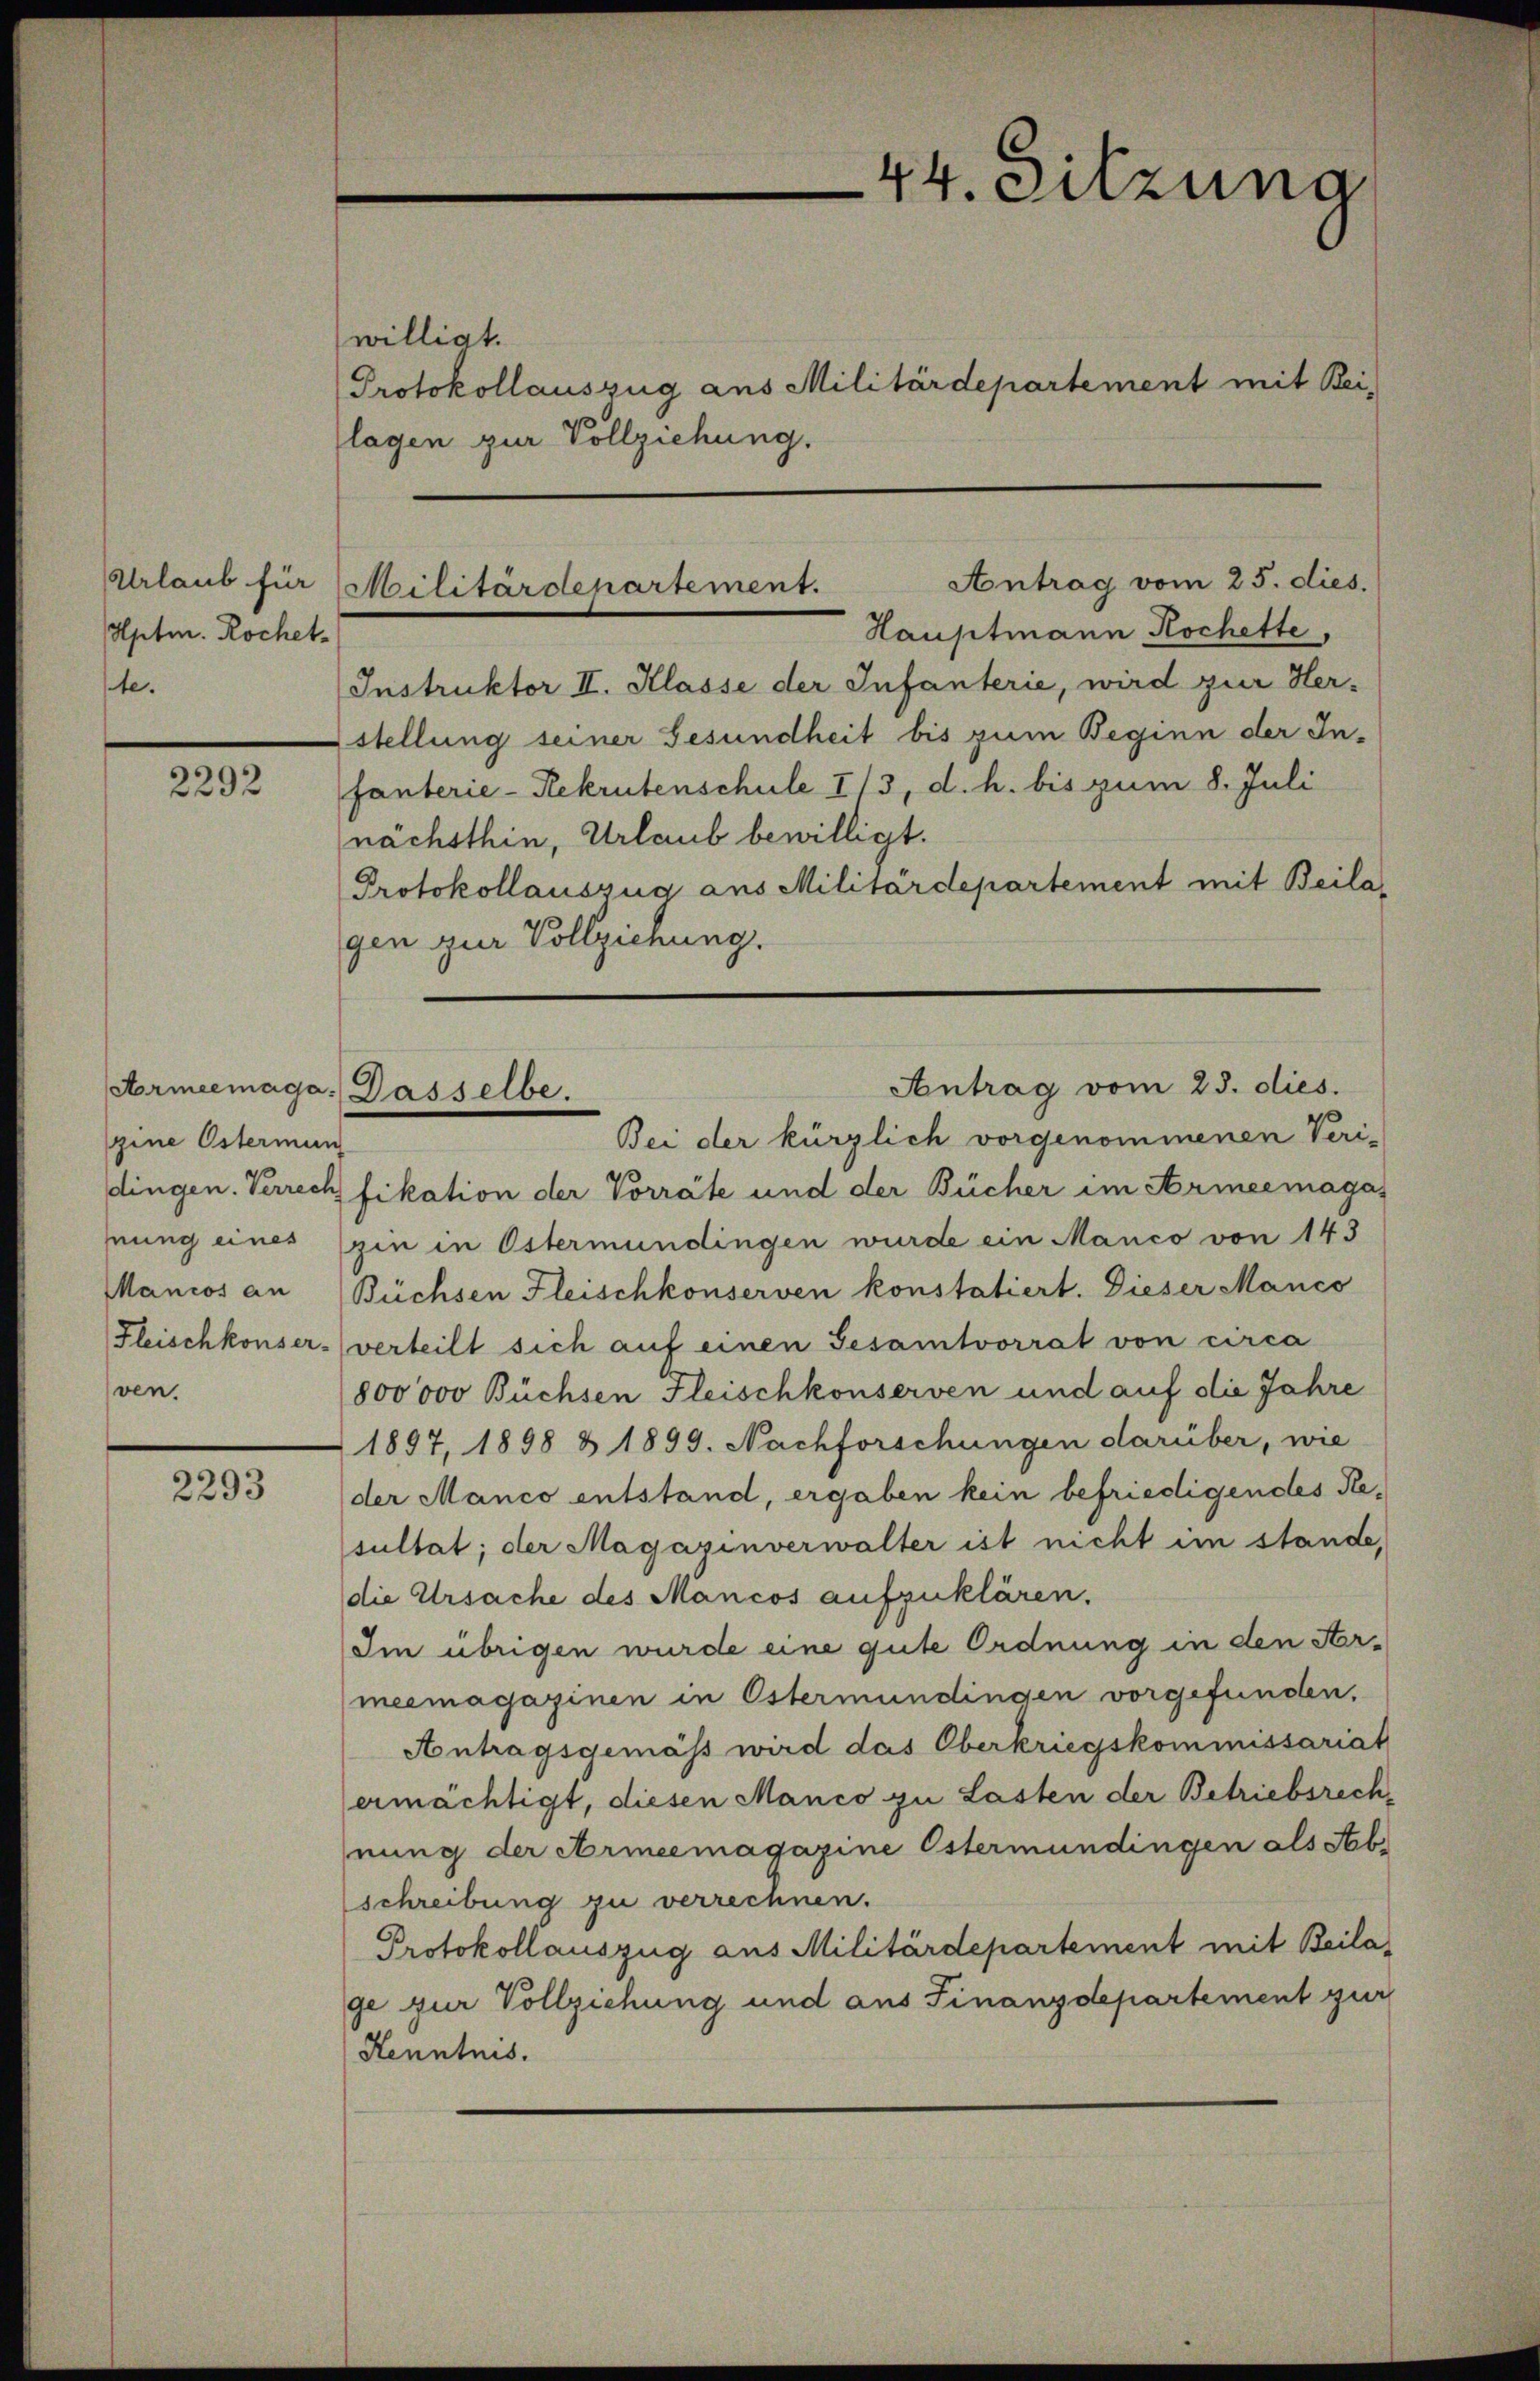
Urlaub für
Aptmn. Rochet.
te.

2292

gine Osterman
ven.

2293

willigt.
Protokollauszug aus Militärdepartement mit Bei-
(lagen zur Vollziehung.

44. Sitzung

Hauptmann Kochette.
Instruktor II. Klasse der Infanterie, wird zur Her-
stellung seiner Gesundheit bis zum Beginn der Infanterie-Rekrutenschule I/3, d. h. bis zum 8. Juli
nächsthin, Urlaub bewilligt.
Protokollauszug aus Militärdepartement mit Beilagen zur Vollziehung.

Antrag vom 25. dies.
Militärdepartement.

Antrag vom 23. dies.
Armeemage: Dasselbe.
Bei der kürzlich vorgenommenen Veri-

dingen. Verrech fikation der Vorräte und der Bücher im Armeemagas
hnung eines (zin in Östermündingen wurde ein Manco von 143
Mancos an Büchsen Fleischkonserven konstatiert. Dieser Manco
Fleischkonser-verteilt sich auf einen Gesamtvorrat von circa
800000 Büchsen Fleischkonserven und auf die Jahre
1897, 1898 & 1899. Nachforschungen darüber, wie
der Manco entstand, ergaben kein befriedigendes Resultat; der Magazinverwalter ist nicht im stande,
die Ursache des Mancos aufzuklären.
Im übrigen wurde eine gute Ordnung in den Armeemagazinen in Östermündingen vorgefunden.
Antragsgemäss wird das Oberkriegskommissariat
ermächtigt, diesen Manco zu Lasten der Betriebsrech-
nung der Armeemagazine Estermündingen als Seb.
schreibung zu verrechnen.
Protokollauszug aus Militärdepartement mit Beilage zur Vollziehung und aus Finanzdepartement zur
Kenntnis.